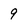
Character: 9